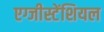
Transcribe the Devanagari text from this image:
एग्जीस्टेंशियल